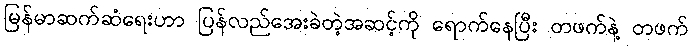
မြန်မာဆက်ဆံရေးဟာ ပြန်လည်အေးခဲတဲ့အဆင့်ကို ရောက်နေပြီး တဖက်နဲ့ တဖက်